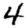
Digit: 4